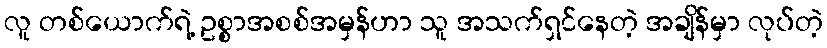
လူ တစ်ယောက်ရဲ့ ဥစ္စာအစစ်အမှန်ဟာ သူ အသက်ရှင်နေတဲ့ အချိန်မှာ လုပ်တဲ့